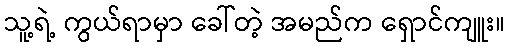
သူ့ရဲ့ ကွယ်ရာမှာ ခေါ်တဲ့ အမည်က ရှောင်ကျူး။